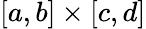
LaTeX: [a,b]\times[c,d]